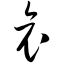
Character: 哀